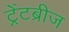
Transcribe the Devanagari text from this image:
ट्रेंटब्रीज